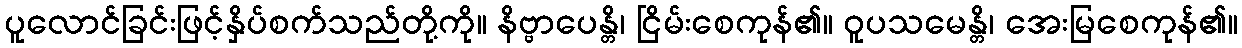
ပူလောင်ခြင်းဖြင့်နှိပ်စက်သည်တို့ကို။ နိဗ္ဗာပေန္တိ၊ ငြိမ်းစေကုန်၏။ ဝူပသမေန္တိ၊ အေးမြစေကုန်၏။